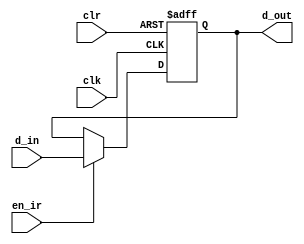
//------------------------------------------------------------------------------
//
// Description:  Instruction Register for the Simple CPU V1
//
// (C) Omkar Kamath, 2022. No part may be reproduced without permission from
//     author.
//------------------------------------------------------------------------------

module ir
  (
   clk,
   clr,
   d_in,
   d_out,
   en_ir
   );
   
   input wire clr;
   input wire clk;
   input wire en_ir;
   input wire [15:0] d_in;
   
   output reg [15:0] d_out;
   
   //--------------------------------------------------------------------
   // Main Instruction Register process
   //--------------------------------------------------------------------
   
   always @(posedge clk or negedge clr)
     begin
	if (clr == 1'b0)
	  begin
	     d_out <= 'h0;
	  end
	else
	  if (en_ir == 1'b1)
	    begin
	       d_out <= d_in;
	    end
     end
   
endmodule